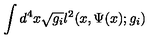
\int d ^ { 4 } x \sqrt { g _ { i } } l ^ { 2 } ( x , \Psi ( x ) ; g _ { i } )